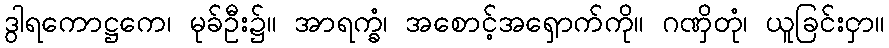
ဒွါရကောဋ္ဌကေ၊ မုခ်ဦး၌။ အာရက္ခံ၊ အစောင့်အရှောက်ကို။ ဂဏှိတုံ၊ ယူခြင်းငှာ။